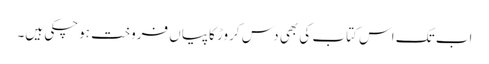
اب تک اس کتاب کی بھی دس کروڑ کاپیاں فروخت ہوچکی ہیں۔